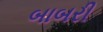
બાબરી